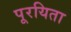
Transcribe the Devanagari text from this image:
पूरयिता